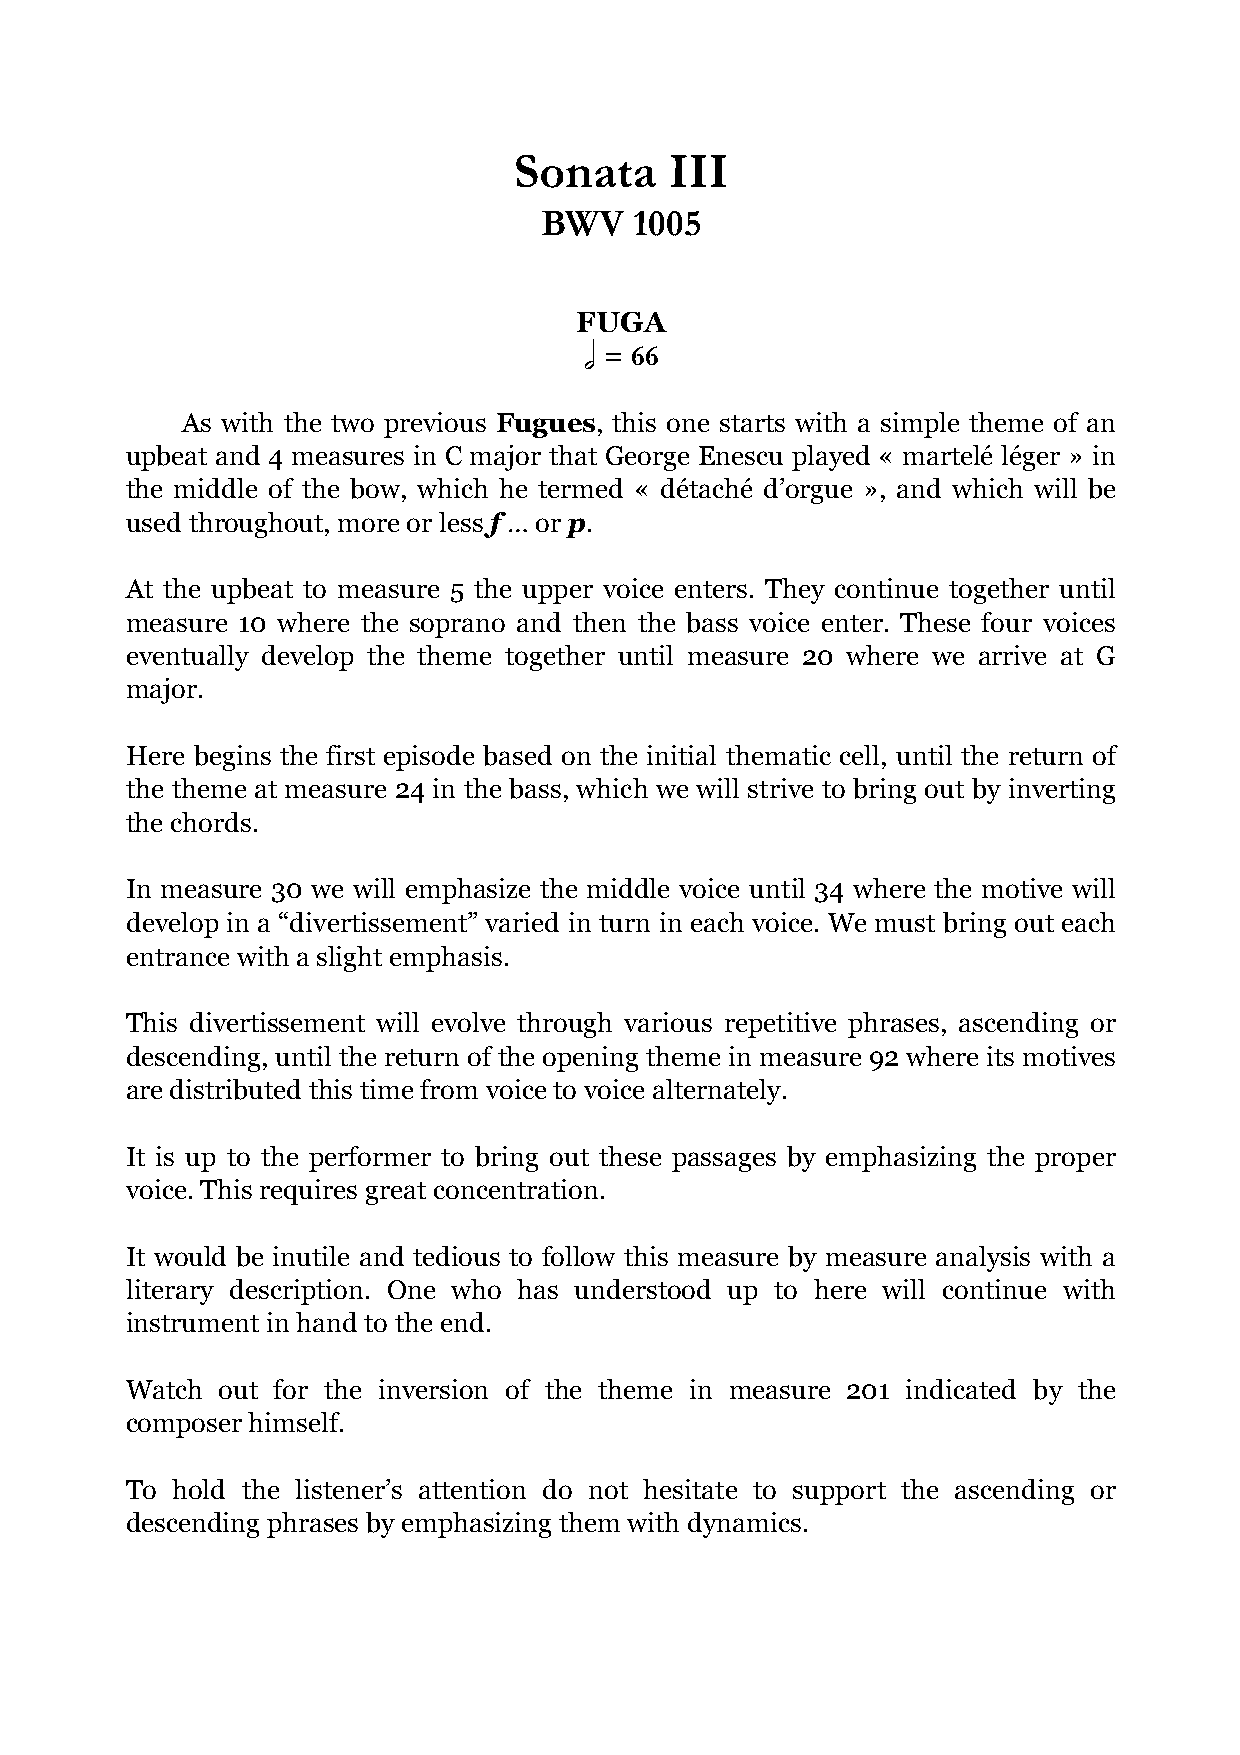
Sonata    III
 BWV   1005
 FUGA
 = 66
 h
 As with the two previous Fugues, this one starts with a simple theme of an
 upbeat and 4 measures in C major that George Enescu played « martelé léger » in
 the middle of the bow, which he termed « détaché d’orgue », and which will be
 used throughout, more or less f … or p.
 At the upbeat to measure 5 the upper voice enters. They continue together until
 measure 10 where the soprano and then the bass voice enter. These four voices
 eventually develop the theme together until measure 20 where we arrive at G
 major.
 Here begins the first episode based on the initial thematic cell, until the return of
 the theme at measure 24 in the bass, which we will strive to bring out by inverting
 the chords.
 In measure 30 we will emphasize the middle voice until 34 where the motive will
 develop in a “divertissement” varied in turn in each voice. We must bring out each
 entrance with a slight emphasis.
 This divertissement will evolve through various repetitive phrases, ascending or
 descending, until the return of the opening theme in measure 92 where its motives
 are distributed this time from voice to voice alternately.
 It is up to the performer to bring out these passages by emphasizing the proper
 voice. This requires great concentration.
 It would be inutile and tedious to follow this measure by measure analysis with a
 literary description. One who has understood up to here will continue with
 instrument in hand to the end.
 Watch  out for the inversion of the theme in measure 201 indicated by the
 composer himself.
 To hold the listener’s attention do not hesitate to support the ascending or
 descending phrases by emphasizing them with dynamics.